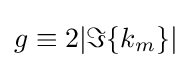
g\equiv 2|\Im \{k_{m}\}|